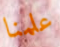
علمنا